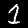
Label: 1